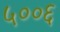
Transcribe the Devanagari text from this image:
५००६